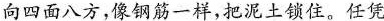
向四面八方，像钢筋一样，把泥土锁住。任凭